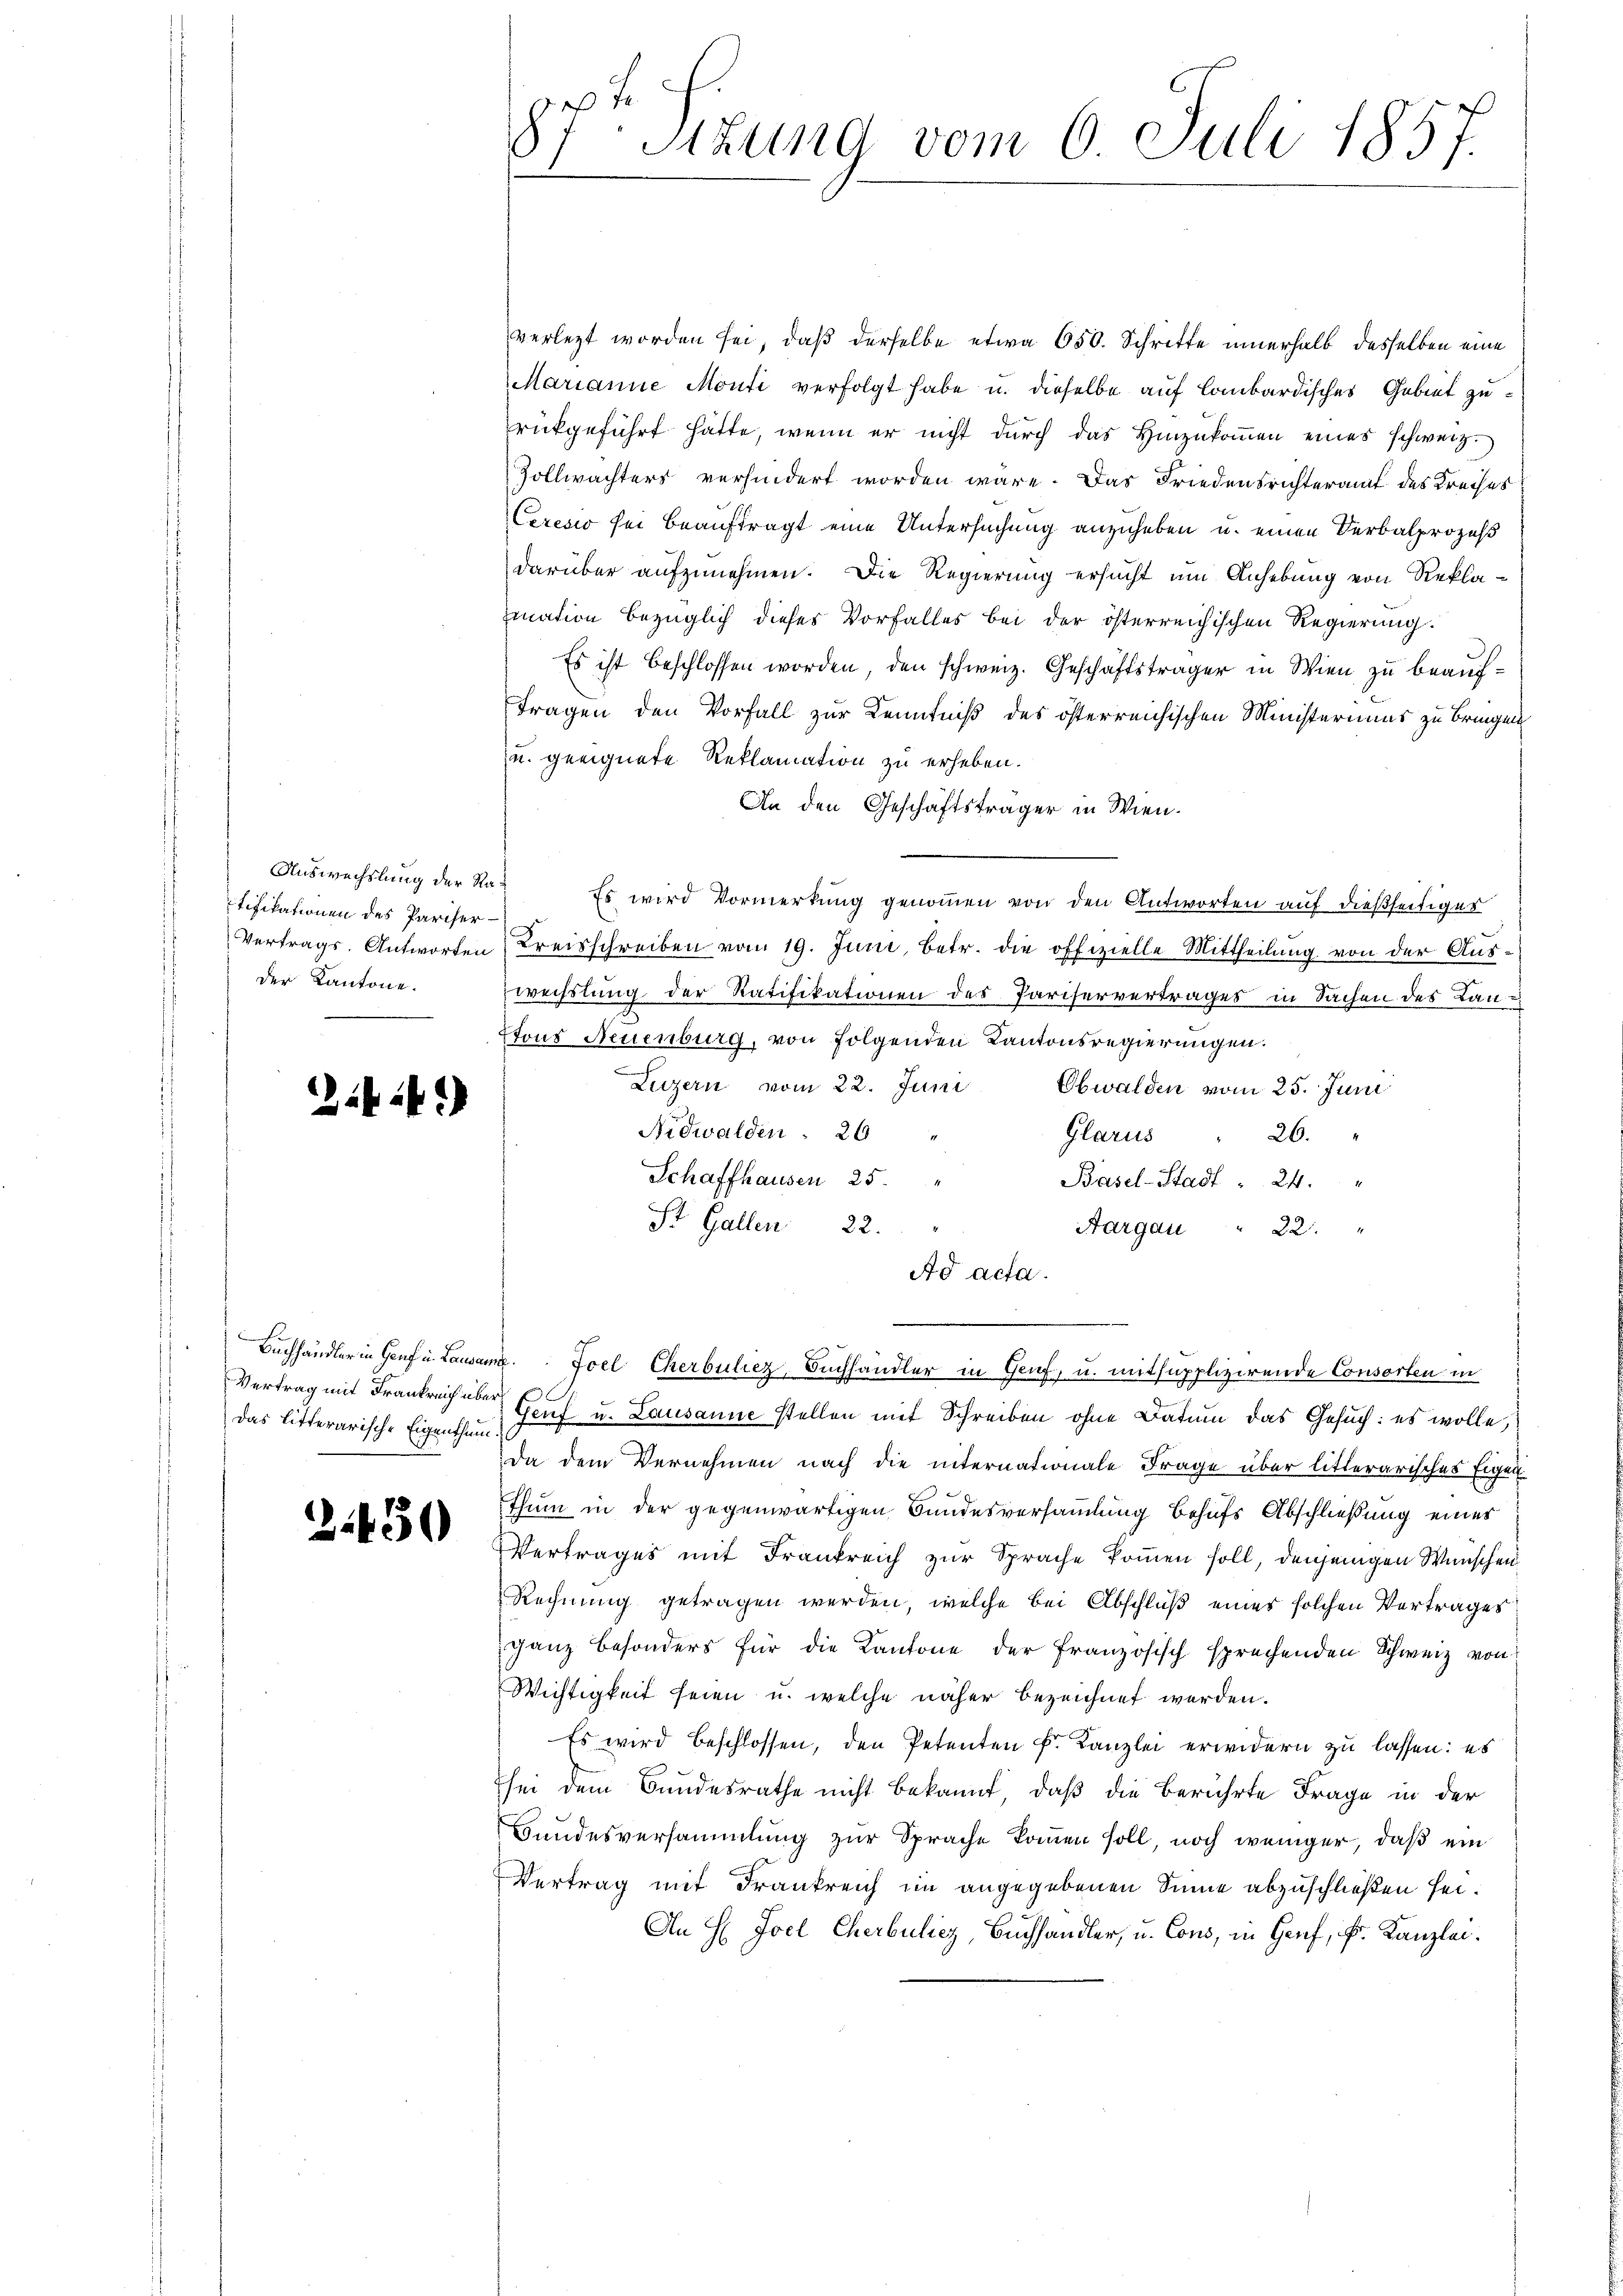
Auswechslung der Ra
tifikationen des Pariser-
Vertrags. Antworten
der Kantone.

.424

Vertrag mit Frankreich über
Das litterarische Eigenthum.

2430

.
87. Sitzung vom 6. Juli 1857.

verletzt worden sei, daß derselbe etwa 650. Schritte innerhalb desselben eine
Marianne Monti verfolgt habe u. dieselbe auf lombardisches Gebiet zu-
rückgeführt hätte, wenn er nicht durch das Hinzukommen eines schweiz.
Zollwachters verhindert worden wäre. Das Friedensrichteramt des Kreises
Ceresio sei beauftragt eine Untersuchung anzuheben u. einen Verbalprozeß
darüber aufzunehmen. Die Regierung ersucht um Anhebung von Reklamation bezüglich dieses Vorfalles bei der österreichischen Regierung.
Es ist beschlossen worden, den schweiz. Geschäftsträger in Wien zu beauf¬
Tragen den Vorfall zur Kenntniß des österreichischen Ministeriums zu bringen
u. geeignete Reklamation zu erheben.
An den Geschäftsträger in Wien.
 Es wird Vormerkung genommen von den Antworten auf dießseitiges
Kreisschreiben vom 19. Juni, betr. die offizielle Mittheilung von der Auswechslung der Ratifikationen des Pariservertrages in Sachen des Lan¬
Etons Neuenburg, von folgenden Kantonsregierungen.
Luzern vom 22. Juni Obwalden vom 25. Juni
Nidwalden . 26 "
26.
Glarus
Schaffhausen 25.
Basel-Stadt = 24.
St. Gallen 22.
Aargau " 22. "
Ad acta.
Buchhändler in Genf u. Lausame Foel Cherbuliez, Buchhändler in Genf, u. mitsupplizirende Consorten in
Genf u. Lausanne stellen mit Schreiben ohne Datum das Gesuch: es wolle,
Da dem Vernehmen nach die internationale Frage über litterarisches Eigen
thum in der gegenwärtigen Bundesversammlung behufs Abschließung eines
Vertrages mit Frankreich zur Sprache kommen soll, denjenigen Wünschen
Rechnung getragen werden, welche bei Abschluß eines solchen Vertrages
ganz besonders für die Kantone der Französisch sprechenden Schweiz von
Wichtigkeit seien u. welche näher bezeichnet werden.
Es wird beschlossen, den Petenten k. Kanzlei erwidern zu lassen: es
sei dem Bandesrathe nicht bekannt, daß die berührte Frage in der
Bundesversammlung zur Sprache kommen soll, noch weniger, daß ein
Vertrag mit Frankreich im angegebenen Sinne abzuschließen sei.
An H Joel Cherbuliez, Buchhändler, u. Cons, in Genf, Fr. Kanzlei.